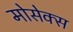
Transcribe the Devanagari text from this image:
मोसेक्स